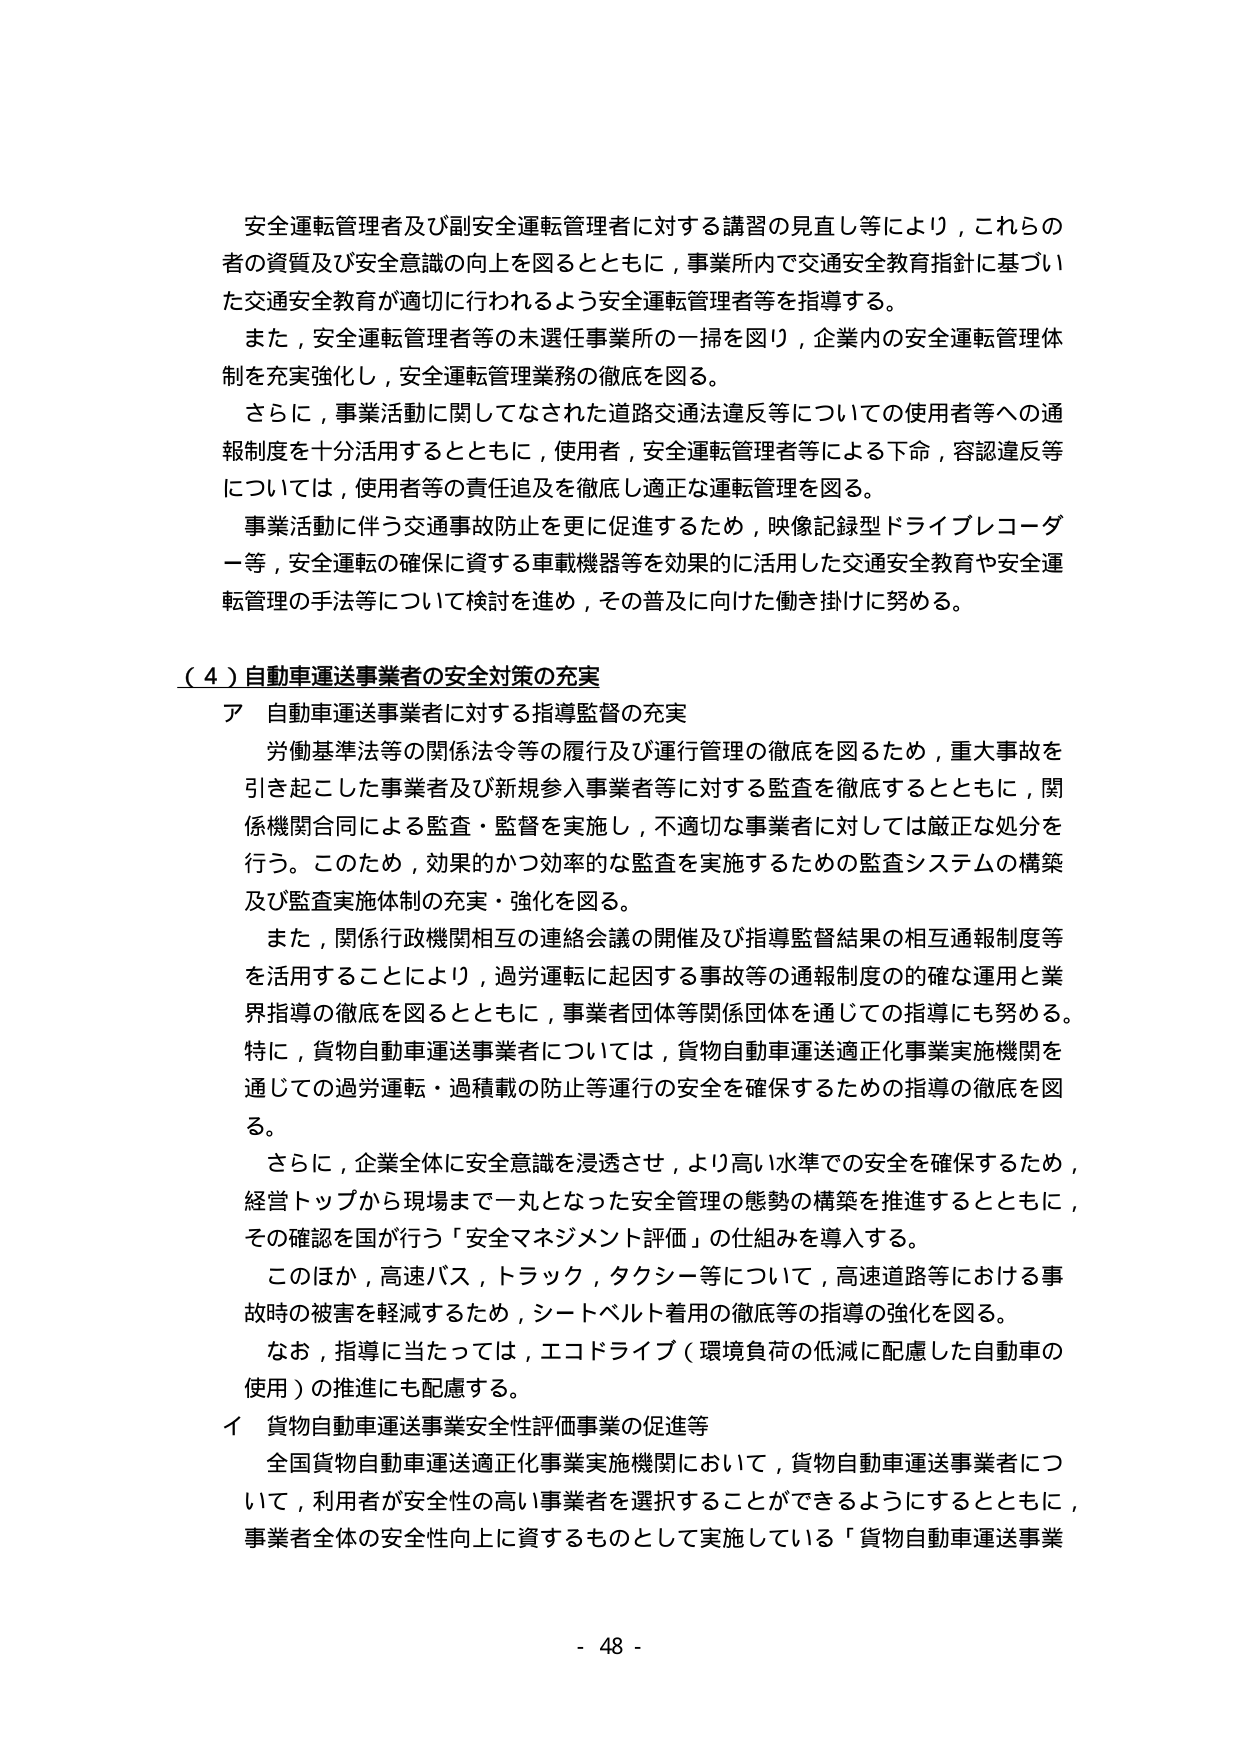
安全運転管理者及び副安全運転管理者に対する講習の見直し等により，これらの者の資質及び安全意識の向上を図るとともに，事業所内で交通安全教育指針に基づいた交通安全教育が適切に行われるよう安全運転管理者等を指導する。

また，安全運転管理者等の未選任事業所の一掃を図り，企業内の安全運転管理体制を充実強化し，安全運転管理業務の徹底を図る。

さらに，事業活動に関してなされた道路交通法違反等についての使用者等への通報制度を十分活用するとともに，使用者，安全運転管理者等による下命，容認違反等については，使用者等の責任追及を徹底し適正な運転管理を図る。

事業活動に伴う交通事故防止を更に促進するため，映像記録型ドライブレコーダー等，安全運転の確保に資する車載機器等を効果的に活用した交通安全教育や安全運転管理の手法等について検討を進め，その普及に向けた働き掛けに努める。

（４）自動車運送事業者の安全対策の充実

ア 自動車運送事業者に対する指導監督の充実

労働基準法等の関係法令等の履行及び運行管理の徹底を図るため，重大事故を引き起こした事業者及び新規参入事業者等に対する監査を徹底するとともに，関係機関合同による監査・監督を実施し，不適切な事業者に対しては厳正な処分を行う。このため，効果的かつ効率的な監査を実施するための監査システムの構築及び監査実施体制の充実・強化を図る。

また，関係行政機関相互の連絡会議の開催及び指導監督結果の相互通報制度等を活用することにより，過労運転に起因する事故等の通報制度の的確な運用と業界指導の徹底を図るとともに，事業者団体等関係団体を通じての指導にも努める。特に，貨物自動車運送事業者については，貨物自動車運送適正化事業実施機関を通じての過労運転・過積載の防止等運行の安全を確保するための指導の徹底を図る。

さらに，企業全体に安全意識を浸透させ，より高い水準での安全を確保するため，経営トップから現場まで一丸となった安全管理の態勢の構築を推進するとともに，その確認を国が行う「安全マネジメント評価」の仕組みを導入する。

このほか，高速バス，トラック，タクシー等について，高速道路等における事故時の被害を軽減するため，シートベルト着用の徹底等の指導の強化を図る。

なお，指導に当たっては，エコドライブ（環境負荷の低減に配慮した自動車の使用）の推進にも配慮する。

イ 貨物自動車運送事業安全性評価事業の促進等

全国貨物自動車運送適正化事業実施機関において，貨物自動車運送事業者について，利用者が安全性の高い事業者を選択することができるようにするとともに，事業者全体の安全性向上に資するものとして実施している「貨物自動車運送事業

- 48 -